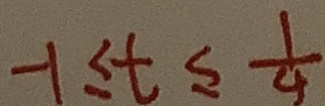
- 1 \leq t \leq \frac { 1 } { 4 }